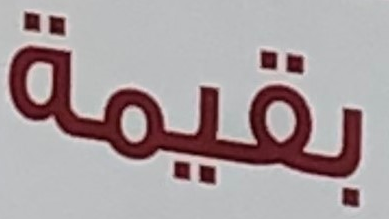
بقيمة